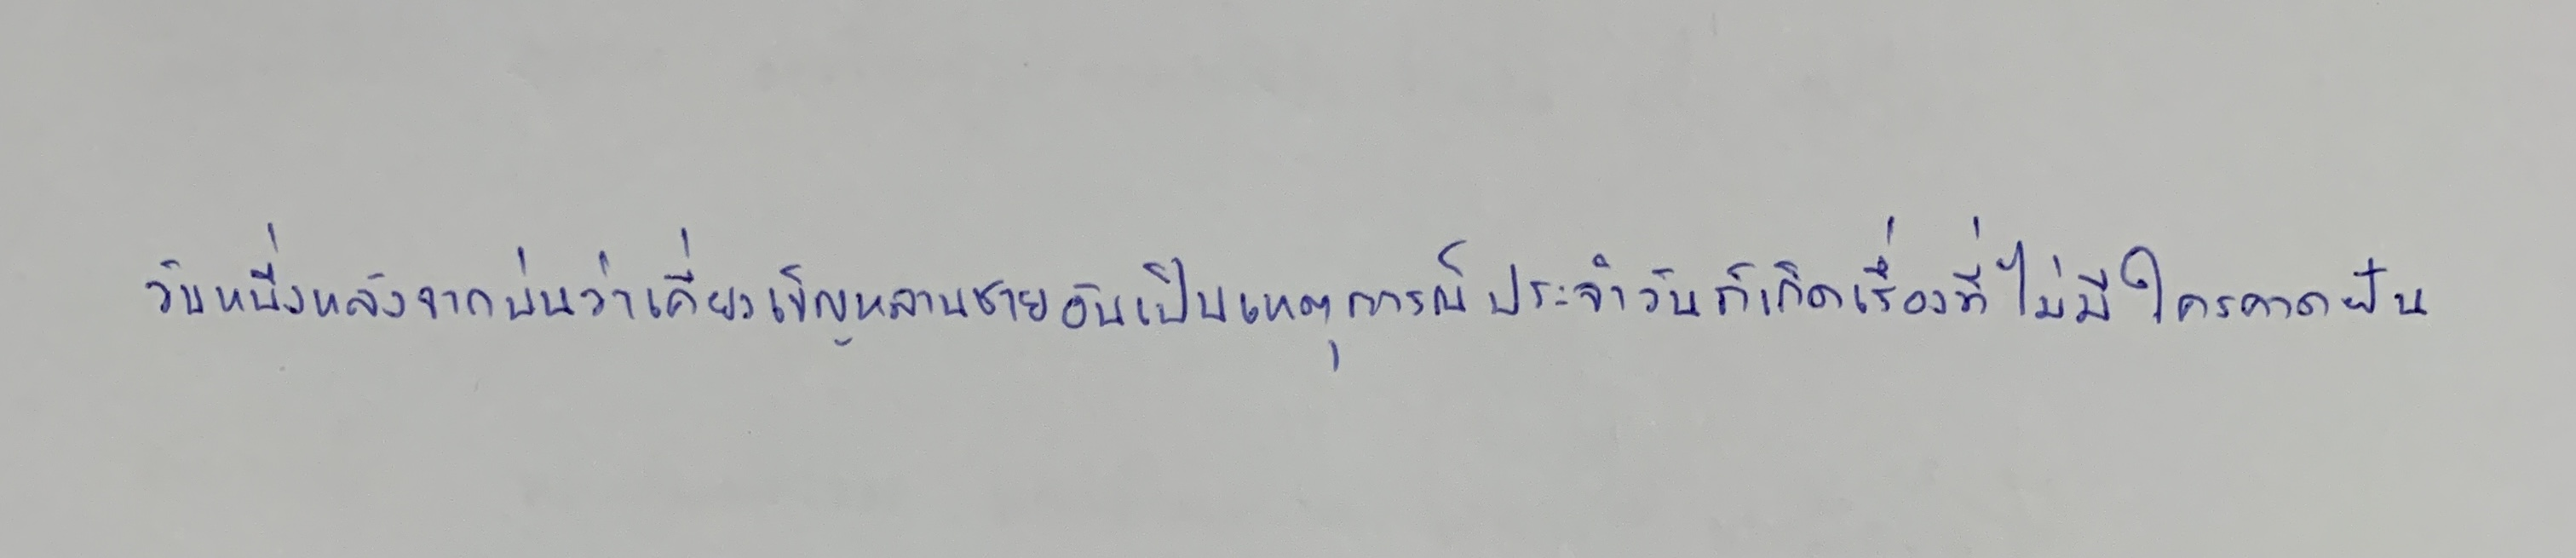
วันหนึ่งหลังจากบ่นว่าเคี่ยวเข็ญหลานชายอันเป็นเหตุการณ์ประจำวันก็เกิดเรื่องที่ไม่มีใครคาดฝัน